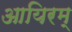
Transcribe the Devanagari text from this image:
आयिरम्